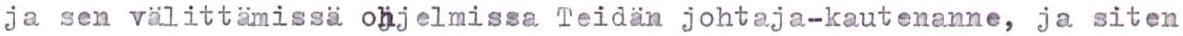
ja sen välittämissä ohjelmissa Teidän johtaja-kautenanne, ja siten